Annual report of lunatic asylums [Bombay] - 1912-1922
Year: 1912
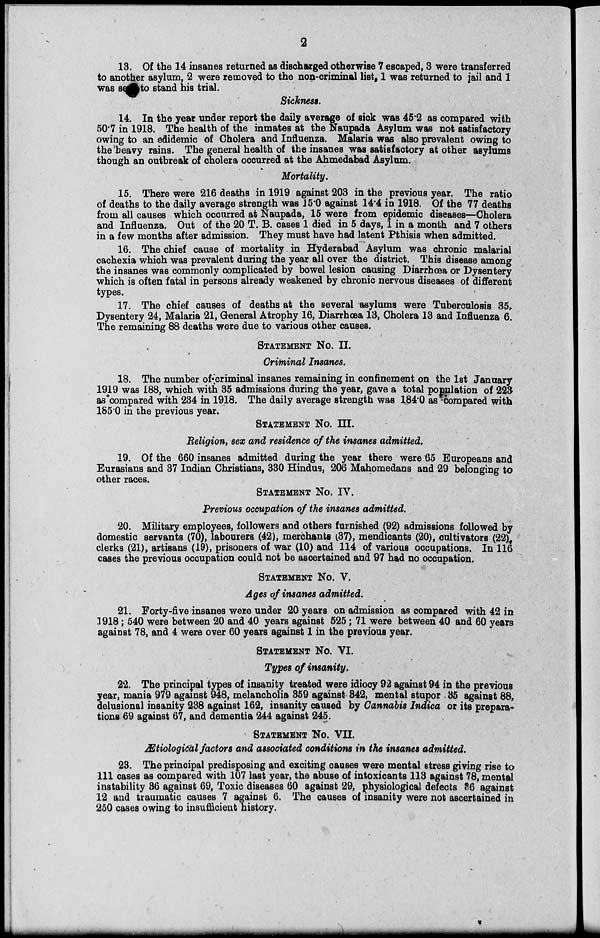
2
13. Of the 14 insanes returned as discharged otherwise 7 escaped, 3 were transferred
to another asylum, 2 were removed to the non-criminal list, 1 was returned to jail and 1
was see to stand his trial.
Sickness.
14. In the year under report the daily average of sick was 45.2 as compared with
50.7 in 1918. The health of the inmates at the Naupada Asylum was not satisfactory
owing to an edidemic of Cholera and Influenza. Malaria was also prevalent owing to
the heavy rains. The general health of the insanes was satisfactory at other asylums
though an outbreak of cholera occurred at the Ahmedabad Asylum.
Mortality.
15. There were 216 deaths in 1919 against 203 in the previous year. The ratio
of deaths to the daily average strength was 15.0 against 14.4 in 1918. Of the 77 deaths
from all causes which occurred at Naupada, 15 were from epidemic diseases—Cholera
and Influenza. Out of the 20 T. B. cases 1 died in 5 days, 1 in a month and 7 others
in a few months after admission. They must have had latent Pthisis when admitted.
16. The chief cause of mortality in Hyderabad Asylum was chronic malarial
cachexia which was prevalent during the year all over the district. This disease among
the insanes was commonly complicated by bowel lesion causing Diarrhœa or Dysentery
which is often fatal in persons already weakened by chronic nervous diseases of different
types.
17. The chief causes of deaths at the several asylums were Tuberculosis 35,
Dysentery 24, Malaria 21, General Atrophy 16, Diarrhœa 13, Cholera 13 and Influenza 6.
The remaining 88 deaths were due to various other causes.
STATEMENT No. II.
Criminal Insanes.
18. The number of criminal insanes remaining in confinement on the 1st January
1919 was 188, which with 35 admissions during the year, gave a total population of 223
as compared with 234 in 1918. The daily average strength was 184.0 as compared with
185.0 in the previous year.
STATEMENT No. III.
Religion, sex and residence of the insanes admitted.
19. Of the 660 insanes admitted during the year there were 65 Europeans and
Eurasians and 37 Indian Christians, 330 Hindus, 206 Mahomedans and 29 belonging to
other races.
STATEMENT No. IV.
Previous occupation of the insanes admitted.
20. Military employees, followers and others furnished (92) admissions followed by
domestic servants (70), labourers (42), merchants (37), mendicants (20), cultivators (22)
clerks (21), artisans (19), prisoners of war (10) and 114 of various occupations. In 116
cases the previous occupation could not be ascertained and 97 had no occupation.
STATEMENT No. V.
Ages of insanes admitted.
21. Forty-five insanes were under 20 years on admission as compared with 42 in
1918 ; 540 were between 20 and 40 years against 525 ; 71 were between 40 and 60 years
against 78, and 4 were over 60 years against 1 in the previous year.
STATEMENT No. VI.
Types of insanity.
22. The principal types of insanity treated were idiocy 92 against 94 in the previous
year, mania 979 against 948, melancholia 359 against 342, mental stupor 35 against 88,
delusional insanity 238 against 162, insanity caused by Cannabis Indica or its prepara-
tions 69 against 67, and dementia 244 against 245.
STATEMENT No. VII.
Ætiological factors and associated conditions in the insanes admitted.
23. The principal predisposing and exciting causes were mental stress giving rise to
111 cases as compared with 107 last year, the abuse of intoxicants 113 against 78, mental
instability 36 against 69, Toxic diseases 60 against 29, physiological defects 36 against
12 and traumatic causes 7 against 6. The causes of insanity were not ascertained in
250 cases owing to insufficient history.